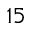
^ { 1 5 }